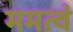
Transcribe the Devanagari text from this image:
ममत्वं